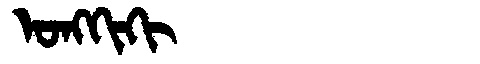
Manchu: ᠣᠩᡴᡳᡴᡳ
Romanization: ONGKIKI